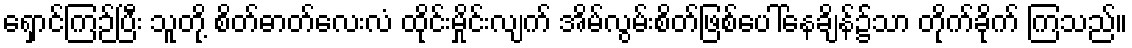
ရှောင်ကြဉ်ပြီး သူတို့ စိတ်ဓာတ်လေးလံ ထိုင်းမှိုင်းလျက် အိမ်လွမ်းစိတ်ဖြစ်ပေါ်နေချိန်၌သာ တိုက်ခိုက် ကြသည်။